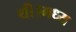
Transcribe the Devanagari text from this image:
थी।मध्य